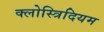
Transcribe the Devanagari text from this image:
क्लोस्त्रिदियम